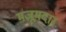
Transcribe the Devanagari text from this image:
मज़ूमदार